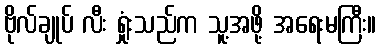
ဗိုလ်ချုပ် လီး ရှုံးသည်က သူ့အဖို့ အရေးမကြီး။